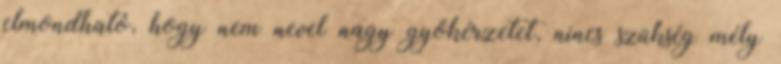
elmondható, hogy nem nevel nagy gyökérzetet, nincs szükség mély